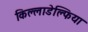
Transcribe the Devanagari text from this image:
किल्लाडेल्फिया